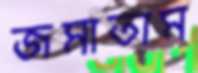
জমাতাম